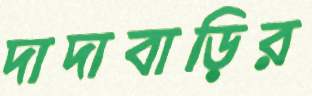
দাদাবাড়ির